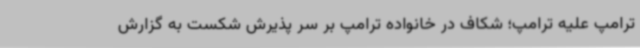
ترامپ علیه ترامپ؛ شکاف در خانواده ترامپ بر سر پذیرش شکست به گزارش